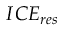
I C E _ { r e s }